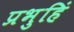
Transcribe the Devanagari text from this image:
प्रभुहिं